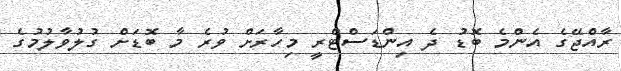
ރާއްޖޭގެ އެންމެ ބޮޑު ދެ އިންޑަސްޓްރީ މިހާރަށް ވުރެ މާ ބޮޑަށް ގުލުވާލުމުގެ